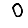
Digit: 0